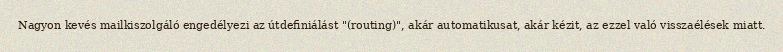
Nagyon kevés mailkiszolgáló engedélyezi az útdefiniálást "(routing)", akár automatikusat, akár kézit, az ezzel való visszaélések miatt.